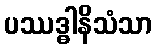
ပဿဒ္ဓါနိသံသာ